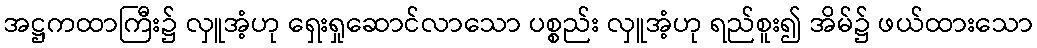
အဋ္ဌကထာကြီး၌ လှူအံ့ဟု ရှေးရှုဆောင်လာသော ပစ္စည်း လှူအံ့ဟု ရည်စူး၍ အိမ်၌ ဖယ်ထားသော